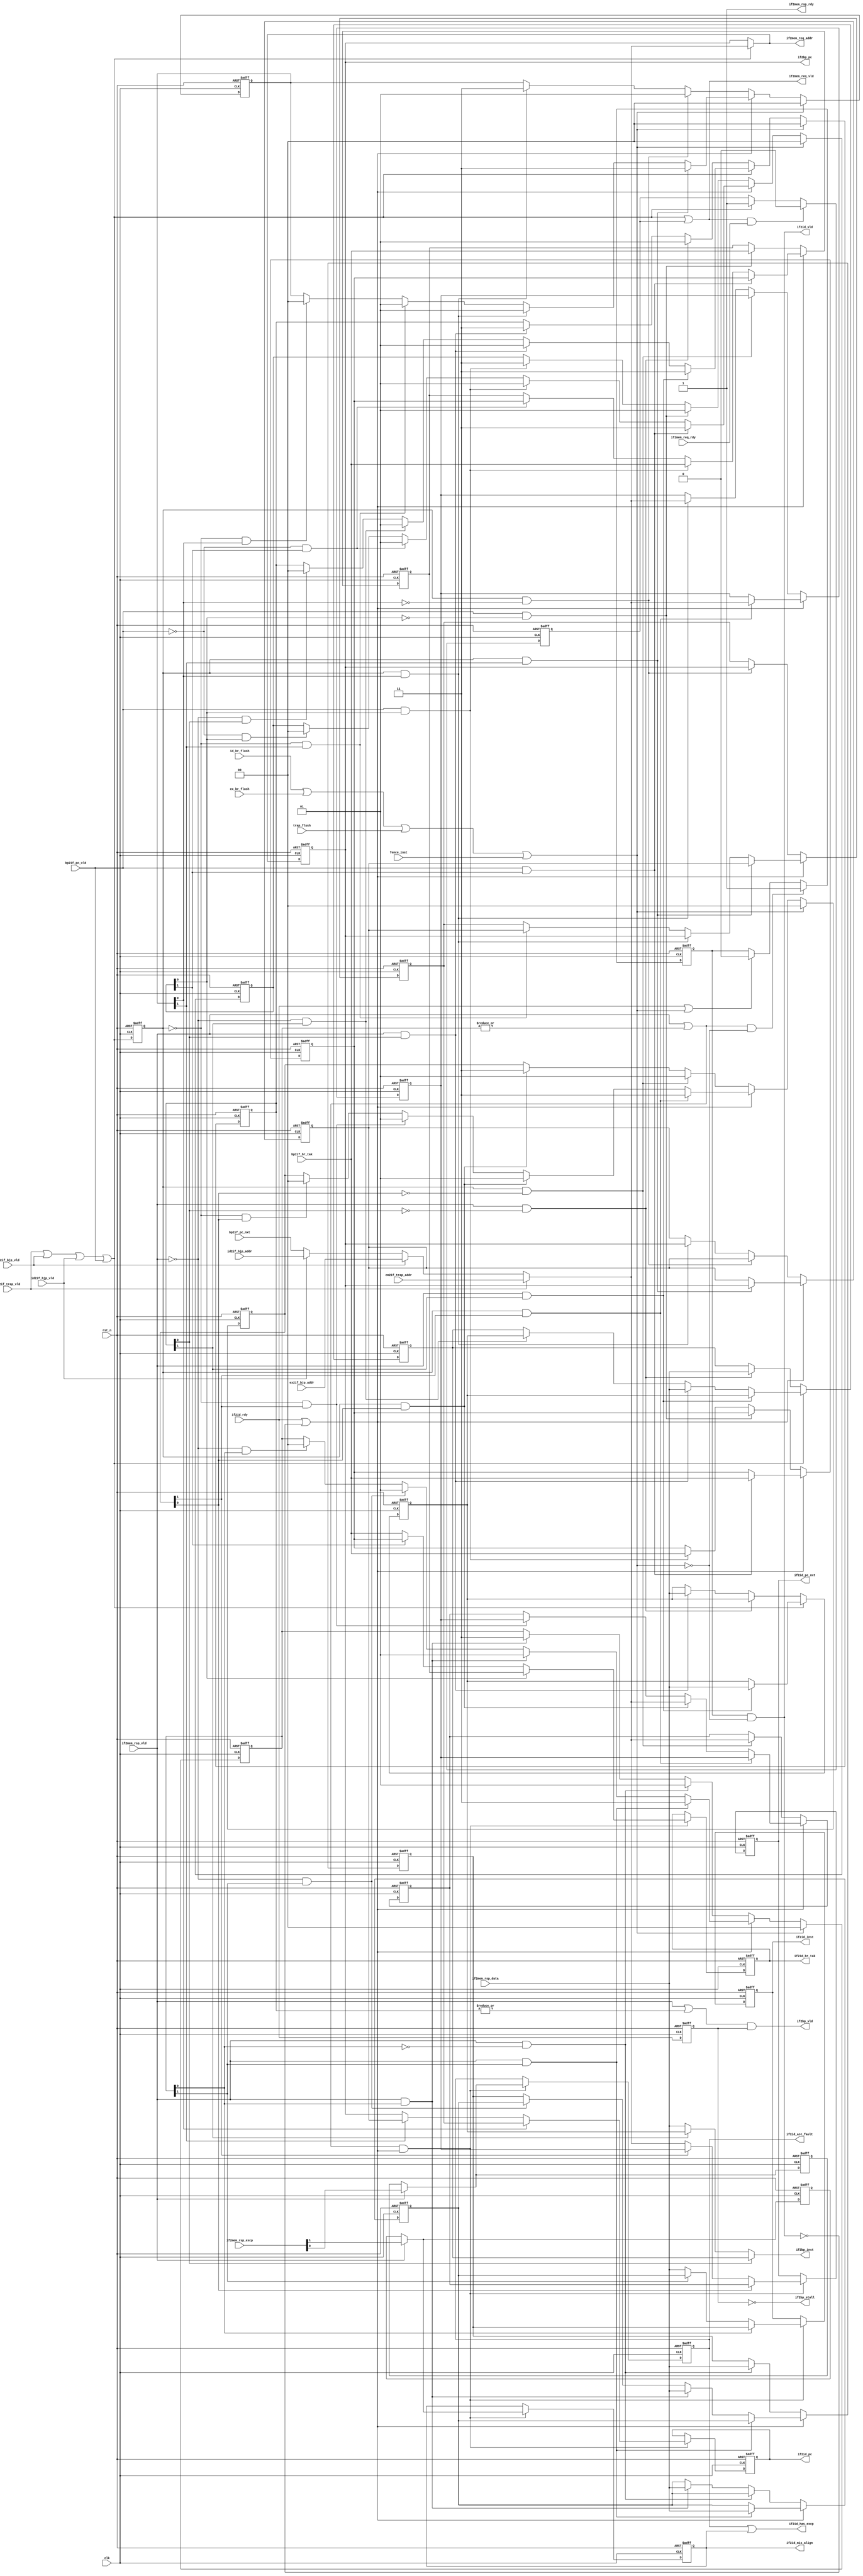
//************************************************************
// See LICENSE for license details.
//
// Module: uv_ifu
//
// Designer: Owen
//
// Description:
//      Instruction Fetching Unit.
//      FIXME: Multiple outstanding requests.
//************************************************************

`timescale 1ns / 1ps

module uv_ifu
#(
    parameter ALEN = 32,
    parameter ILEN = 32,
    parameter XLEN = 32
)
(
    input                   clk,
    input                   rst_n,
    
    // Memory reading.
    output                  if2mem_req_vld,
    input                   if2mem_req_rdy,
    output [ALEN-1:0]       if2mem_req_addr,

    input                   if2mem_rsp_vld,
    output                  if2mem_rsp_rdy,
    input  [1:0]            if2mem_rsp_excp,
    input  [ILEN-1:0]       if2mem_rsp_data,

    // Request to BPU.
    output                  if2bp_vld,
    output [ALEN-1:0]       if2bp_pc,
    output [ILEN-1:0]       if2bp_inst,
    output                  if2bp_stall,

    // Prediction from BPU.
    input                   bp2if_br_tak,
    input                   bp2if_pc_vld,
    input  [ALEN-1:0]       bp2if_pc_nxt,
    
    // IDU handshake.
    output                  if2id_vld,
    input                   if2id_rdy,
    
    // Request to IDU.
    output [ILEN-1:0]       if2id_inst,
    output [ALEN-1:0]       if2id_pc,
    output [ALEN-1:0]       if2id_pc_nxt,
    output                  if2id_br_tak,

    output                  if2id_has_excp,
    output                  if2id_acc_fault,
    output                  if2id_mis_align,
    
    // Flush control from bjp misprediction.
    input                   id_br_flush,
    input                   ex_br_flush,

    // Flush control from trap.
    input                   trap_flush,

    // Flush control by instruction.
    input                   fence_inst,

    // Redirection for bjp misprediction.
    input                   id2if_bjp_vld,
    input  [ALEN-1:0]       id2if_bjp_addr,

    input                   ex2if_bjp_vld,
    input  [ALEN-1:0]       ex2if_bjp_addr,

    // Redirection for trap.
    input                   cm2if_trap_vld,
    input  [ALEN-1:0]       cm2if_trap_addr
);

    localparam UDLY         = 1;
    
    // Pipeline control.
    wire                    pipe_flush;
    wire                    pipe_nxt;

    // Handshakes.
    reg                     if2id_vld_r;
    reg                     if2id_rdy_r;
    reg                     if2bp_rdy_r;
    
    // PC & Instruction.
    wire                    pc_vld;
    wire [ALEN-1:0]         pc_nxt;
    
    reg  [ALEN-1:0]         pc_r;
    reg                     pc_vld_r;

    reg  [ALEN-1:0]         pc_cur_t;
    reg  [ALEN-1:0]         pc_cur_tt;
    reg  [ALEN-1:0]         pc_cur_r;
    reg  [1:0]              pc_cur_mask_r;

    reg  [ALEN-1:0]         pc_nxt_t;
    reg  [ALEN-1:0]         pc_nxt_tt;
    reg  [ALEN-1:0]         pc_nxt_r;
    reg  [1:0]              pc_nxt_mask_r;

    reg                     br_tak_t;
    reg                     br_tak_tt;
    reg  [1:0]              br_tak_mask_r;
    reg                     br_tak_r;
    
    wire                    inst_rdy;
    reg                     inst_rdy_r;
    reg  [ILEN-1:0]         inst_r;
    reg  [ILEN-1:0]         inst_rr;
    reg  [ILEN-1:0]         inst_t;
    reg  [ILEN-1:0]         inst_tt;
    reg  [1:0]              inst_mask_r;

    reg  [ILEN-1:0]         bp_inst_t;
    reg  [ILEN-1:0]         bp_inst_tt;
    reg  [1:0]              bp_inst_mask_r;
    
    // Stall & flush.
    wire                    if_stall;
    wire                    inst_flush;

    // Memory req & rsp.
    wire                    mem_req;
    reg                     mem_req_r;

    wire                    if2mem_req_wait;
    wire                    if2mem_req_fire;
    wire                    if2mem_rsp_fire;

    // Exceptions.
    reg                     acc_fault_r;
    reg                     mis_align_r;

    reg                     acc_fault_t;
    reg                     mis_align_t;
    
    // Control pipeline.
    assign pipe_flush       = id_br_flush | ex_br_flush | trap_flush | fence_inst;
    assign pipe_nxt         = if2id_rdy | (~if2id_vld);

    // Set stalling status.
    assign if_stall         = 1'b0;
    
    // Get PC.
    assign pc_vld           = cm2if_trap_vld | ex2if_bjp_vld | id2if_bjp_vld | bp2if_pc_vld;
    assign pc_nxt           = cm2if_trap_vld ? cm2if_trap_addr
                            : ex2if_bjp_vld  ? ex2if_bjp_addr
                            : id2if_bjp_vld  ? id2if_bjp_addr
                            : bp2if_pc_nxt;
    
    // Set bpu ports.
    // assign if2bp_vld        = inst_rdy & if2id_rdy;
    assign if2bp_vld        = (if2mem_rsp_fire | (|bp_inst_mask_r)) & if2id_rdy_r;
    assign if2bp_pc         = pc_r;
    // assign if2bp_inst       = if2mem_rsp_fire ? if2mem_rsp_data : inst_t;
    assign if2bp_inst       = bp_inst_mask_r[0] ? bp_inst_t
                            : bp_inst_mask_r[1] ? bp_inst_tt
                            : if2mem_rsp_data;
    assign if2bp_stall      = ~if2id_rdy_r;
    
    // Set memory request.
    //assign mem_req        = if2id_rdy & (~if_stall) & pc_vld;
    assign mem_req          = pc_vld & (~if_stall);
    assign if2mem_req_vld   = mem_req | mem_req_r;
    assign if2mem_req_addr  = pc_vld ? pc_nxt : pc_r;
    assign if2mem_req_wait  = if2mem_req_vld & ~if2mem_req_rdy;
    assign if2mem_req_fire  = if2mem_req_vld & if2mem_req_rdy;

    // Get Instruction.
    assign if2mem_rsp_rdy   = 1'b1;
    assign if2mem_rsp_fire  = if2mem_rsp_vld & if2mem_rsp_rdy;
    assign inst_rdy         = if2mem_rsp_fire | (|inst_mask_r);
    
    // Set IDU ports.
    assign if2id_vld        = if2id_vld_r & (~pipe_flush);
    assign if2id_inst       = inst_r;
    assign if2id_pc         = pc_cur_r;
    assign if2id_pc_nxt     = pc_nxt_r;
    assign if2id_br_tak     = br_tak_r;

    assign if2id_has_excp   = if2id_acc_fault | if2id_mis_align;
    assign if2id_acc_fault  = acc_fault_r;
    assign if2id_mis_align  = mis_align_r;
    
    // Buffer handshake request.
    always @(posedge clk or negedge rst_n) begin
        if (~rst_n) begin
            if2id_vld_r <= 1'b0;
        end
        else begin
            if (inst_rdy & (~pipe_flush)) begin
                if2id_vld_r <= #UDLY 1'b1;
            end
            else if (if2id_rdy | pipe_flush) begin
                if2id_vld_r <= #UDLY 1'b0;
            end
        end
    end

    always @(posedge clk or negedge rst_n) begin
        if (~rst_n) begin
            if2id_rdy_r <= 1'b0;
        end
        else begin
            if2id_rdy_r <= #UDLY if2id_rdy;
        end
    end

    always @(posedge clk or negedge rst_n) begin
        if (~rst_n) begin
            if2bp_rdy_r <= 1'b0;
        end
        else begin
            if2bp_rdy_r <= #UDLY (~if2bp_vld) | if2id_rdy;
        end
    end

    // Buffer the current & previous PC.
    always @(posedge clk or negedge rst_n) begin
        if (~rst_n) begin
            pc_vld_r <= 1'b0;
        end
        else begin
            pc_vld_r <= #UDLY pc_vld;
        end
    end

    always @(posedge clk or negedge rst_n) begin
        if (~rst_n) begin
            pc_r <= {ALEN{1'b0}};
        end
        else begin
            if (pc_vld) begin
                pc_r <= #UDLY pc_nxt;
            end
        end
    end
    
    always @(posedge clk or negedge rst_n) begin
        if (~rst_n) begin
            pc_cur_r <= {ALEN{1'b0}};
        end
        else begin
            if (inst_rdy & pipe_nxt) begin
            //if (inst_rdy) begin
                pc_cur_r <= #UDLY pc_cur_mask_r[0] ? pc_cur_t
                                : pc_cur_mask_r[1] ? pc_cur_tt
                                : pc_r;
            end
        end
    end

    always @(posedge clk or negedge rst_n) begin
        if (~rst_n) begin
            pc_cur_t  <= {ALEN{1'b0}};
            pc_cur_tt <= {ALEN{1'b0}};
        end
        else begin
            if (~pipe_nxt) begin
                if (pc_vld_r & (~pc_cur_mask_r[0])) begin
                    pc_cur_t  <= #UDLY pc_r;
                end
                else if (pc_vld_r & pc_cur_mask_r[0]) begin
                    pc_cur_tt <= #UDLY pc_r;
                end
            end
            else begin
                if (pc_vld_r & pc_cur_mask_r[1]) begin
                    pc_cur_t  <= #UDLY pc_cur_tt;
                    pc_cur_tt <= #UDLY pc_r;
                end
                else if (pc_vld_r & pc_cur_mask_r[0]) begin
                    pc_cur_t  <= #UDLY pc_r;
                end
                else if ((~pc_vld_r) & pc_cur_mask_r[1]) begin
                    pc_cur_t  <= #UDLY pc_cur_tt;
                end
            end
        end
    end

    always @(posedge clk or negedge rst_n) begin
        if (~rst_n) begin
            pc_cur_mask_r <= 2'b00;
        end
        else begin
            if (pipe_flush) begin
                pc_cur_mask_r <= #UDLY 2'b00;
            end
            else if (~pipe_nxt) begin
                if (pc_vld_r & (~pc_cur_mask_r[0])) begin
                    pc_cur_mask_r <= #UDLY 2'b01;
                end
                else if (pc_vld_r & pc_cur_mask_r[0]) begin
                    pc_cur_mask_r <= #UDLY 2'b11;
                end
            end
            else begin
                if (pc_vld_r & pc_cur_mask_r[1]) begin
                    pc_cur_mask_r <= #UDLY 2'b11;
                end
                else if (pc_vld_r & pc_cur_mask_r[0]) begin
                    pc_cur_mask_r <= #UDLY 2'b01;
                end
                else if ((~pc_vld_r) & pc_cur_mask_r[1]) begin
                    pc_cur_mask_r <= #UDLY 2'b01;
                end
                else if ((~pc_vld_r) & pc_cur_mask_r[0]) begin
                    pc_cur_mask_r <= #UDLY 2'b00;
                end
            end
        end
    end

    always @(posedge clk or negedge rst_n) begin
        if (~rst_n) begin
            pc_nxt_r <= {ALEN{1'b0}};
        end
        else begin
            if (inst_rdy & pipe_nxt) begin
            //if (inst_rdy) begin
                pc_nxt_r <= #UDLY pc_nxt_mask_r[0] ? pc_nxt_t
                                : pc_nxt_mask_r[1] ? pc_nxt_tt
                                : pc_nxt;
            end
        end
    end

    always @(posedge clk or negedge rst_n) begin
        if (~rst_n) begin
            pc_nxt_t  <= {ALEN{1'b0}};
            pc_nxt_tt <= {ALEN{1'b0}};
        end
        else begin
            if (~pipe_nxt) begin
                if (pc_vld_r & (~pc_nxt_mask_r[0])) begin
                    pc_nxt_t  <= #UDLY pc_nxt;
                end
                else if (pc_vld_r & pc_cur_mask_r[0]) begin
                    pc_nxt_tt <= #UDLY pc_nxt;
                end
            end
            else begin
                if (pc_vld_r & pc_nxt_mask_r[1]) begin
                    pc_nxt_t  <= #UDLY pc_nxt_tt;
                    pc_nxt_tt <= #UDLY pc_nxt;
                end
                else if (pc_vld_r & pc_nxt_mask_r[0]) begin
                    pc_nxt_t  <= #UDLY pc_nxt;
                end
                else if ((~pc_vld_r) & pc_nxt_mask_r[1]) begin
                    pc_nxt_t  <= #UDLY pc_nxt_tt;
                end
            end
        end
    end

    always @(posedge clk or negedge rst_n) begin
        if (~rst_n) begin
            pc_nxt_mask_r <= 2'b00;
        end
        else begin
            if (pipe_flush) begin
                pc_nxt_mask_r <= #UDLY 2'b00;
            end
            else if (~pipe_nxt) begin
                if (pc_vld_r & (~pc_nxt_mask_r[0])) begin
                    pc_nxt_mask_r <= #UDLY 2'b01;
                end
                else if (pc_vld_r & pc_nxt_mask_r[0]) begin
                    pc_nxt_mask_r <= #UDLY 2'b11;
                end
            end
            else begin
                if (pc_vld_r & pc_nxt_mask_r[1]) begin
                    pc_nxt_mask_r <= #UDLY 2'b11;
                end
                else if (pc_vld_r & pc_nxt_mask_r[0]) begin
                    pc_nxt_mask_r <= #UDLY 2'b01;
                end
                else if ((~pc_vld_r) & pc_nxt_mask_r[1]) begin
                    pc_nxt_mask_r <= #UDLY 2'b01;
                end
                else if ((~pc_vld_r) & pc_nxt_mask_r[0]) begin
                    pc_nxt_mask_r <= #UDLY 2'b00;
                end
            end
        end
    end

    // Buffer branch taken flag.
    always @(posedge clk or negedge rst_n) begin
        if (~rst_n) begin
            br_tak_r  <= 1'b0;
        end
        else begin
            if (inst_rdy & pipe_nxt) begin
            //if (inst_rdy) begin
                br_tak_r <= #UDLY br_tak_mask_r[0] ? br_tak_t
                                : br_tak_mask_r[1] ? br_tak_tt
                                : bp2if_br_tak;
            end
        end
    end

    always @(posedge clk or negedge rst_n) begin
        if (~rst_n) begin
            br_tak_t  <= 1'b0;
            br_tak_tt <= 1'b0;
        end
        else begin
            if (~pipe_nxt) begin
                if (bp2if_pc_vld & (~br_tak_mask_r[0])) begin
                    br_tak_t  <= #UDLY bp2if_br_tak;
                end
                else if (bp2if_pc_vld & br_tak_mask_r[0]) begin
                    br_tak_tt <= #UDLY bp2if_br_tak;
                end
            end
            else begin
                if (bp2if_pc_vld & br_tak_mask_r[1]) begin
                    br_tak_t  <= #UDLY br_tak_tt;
                    br_tak_tt <= #UDLY bp2if_br_tak;
                end
                else if (bp2if_pc_vld & br_tak_mask_r[0]) begin
                    br_tak_t  <= #UDLY bp2if_br_tak;
                end
                else if ((~bp2if_pc_vld) & br_tak_mask_r[1]) begin
                    br_tak_t  <= #UDLY br_tak_tt;
                end
            end
        end
    end

    always @(posedge clk or negedge rst_n) begin
        if (~rst_n) begin
            br_tak_mask_r <= 2'b00;
        end
        else begin
            if (pipe_flush) begin
                br_tak_mask_r <= #UDLY 2'b00;
            end
            else if (~pipe_nxt) begin
                if (bp2if_pc_vld & (~br_tak_mask_r[0])) begin
                    br_tak_mask_r <= #UDLY 2'b01;
                end
                else if (bp2if_pc_vld & br_tak_mask_r[0]) begin
                    br_tak_mask_r <= #UDLY 2'b11;
                end
            end
            else begin
                if (bp2if_pc_vld & br_tak_mask_r[1]) begin
                    br_tak_mask_r <= #UDLY 2'b11;
                end
                else if (bp2if_pc_vld & br_tak_mask_r[0]) begin
                    br_tak_mask_r <= #UDLY 2'b01;
                end
                else if ((~bp2if_pc_vld) & br_tak_mask_r[1]) begin
                    br_tak_mask_r <= #UDLY 2'b01;
                end
                else if ((~bp2if_pc_vld) & br_tak_mask_r[0]) begin
                    br_tak_mask_r <= #UDLY 2'b00;
                end
            end
        end
    end

    // Buffer the instruction to be decoded.
    always @(posedge clk or negedge rst_n) begin
        if (~rst_n) begin
            inst_r <= {ILEN{1'b0}};
        end
        else begin
            if (inst_rdy & pipe_nxt) begin
            //if (inst_rdy) begin
                // inst_r <= #UDLY if2mem_rsp_fire ? if2mem_rsp_data : inst_t;
                inst_r <= #UDLY inst_mask_r[0] ? inst_t
                              : inst_mask_r[1] ? inst_tt
                              : if2mem_rsp_data;
            end
        end
    end

    // Buffer the rsp instruction in time.
    always @(posedge clk or negedge rst_n) begin
        if (~rst_n) begin
            inst_t  <= {ILEN{1'b0}};
            inst_tt <= {ILEN{1'b0}};
        end
        else begin
            if (~pipe_nxt) begin
                if (if2mem_rsp_fire & (~inst_mask_r[0])) begin
                    inst_t  <= #UDLY if2mem_rsp_data;
                end
                else if (if2mem_rsp_fire & inst_mask_r[0]) begin
                    inst_tt <= #UDLY if2mem_rsp_data;
                end
                else if (if2mem_rsp_fire) begin
                    $display("Error!");
                end
            end
            else begin
                if (if2mem_rsp_fire & inst_mask_r[1]) begin
                    inst_t  <= #UDLY inst_tt;
                    inst_tt <= #UDLY if2mem_rsp_data;
                end
                else if (if2mem_rsp_fire & inst_mask_r[0]) begin
                    inst_t  <= #UDLY if2mem_rsp_data;
                end
                else if ((~if2mem_rsp_fire) & inst_mask_r[1]) begin
                    inst_t  <= #UDLY inst_tt;
                end
            end
        end
    end

    always @(posedge clk or negedge rst_n) begin
        if (~rst_n) begin
            inst_mask_r <= 2'b00;
        end
        else begin
            if (pipe_flush) begin
                inst_mask_r <= #UDLY 2'b00;
            end
            else if (~pipe_nxt) begin
                if (if2mem_rsp_fire & (~inst_mask_r[0])) begin
                    inst_mask_r <= #UDLY 2'b01;
                end
                else if (if2mem_rsp_fire & inst_mask_r[0]) begin
                    inst_mask_r <= #UDLY 2'b11;
                end
                else if (if2mem_rsp_fire) begin
                    $display("Error!");
                end
            end
            else begin
                if (if2mem_rsp_fire & inst_mask_r[1]) begin
                    inst_mask_r <= #UDLY 2'b11;
                end
                else if (if2mem_rsp_fire & inst_mask_r[0]) begin
                    inst_mask_r <= #UDLY 2'b01;
                end
                else if ((~if2mem_rsp_fire) & inst_mask_r[1]) begin
                    inst_mask_r <= #UDLY 2'b01;
                end
                else if ((~if2mem_rsp_fire) & inst_mask_r[0]) begin
                    inst_mask_r <= #UDLY 2'b00;
                end
            end
        end
    end

    always @(posedge clk or negedge rst_n) begin
        if (~rst_n) begin
            bp_inst_t  <= {ILEN{1'b0}};
            bp_inst_tt <= {ILEN{1'b0}};
        end
        else begin
            if (~pc_vld) begin
                if (if2mem_rsp_fire & (~bp_inst_mask_r[0])) begin
                    bp_inst_t  <= #UDLY if2mem_rsp_data;
                end
                else if (if2mem_rsp_fire & bp_inst_mask_r[0]) begin
                    bp_inst_tt <= #UDLY if2mem_rsp_data;
                end
            end
            else begin
                if (if2mem_rsp_fire & bp_inst_mask_r[1]) begin
                    bp_inst_t  <= #UDLY bp_inst_tt;
                    bp_inst_tt <= #UDLY if2mem_rsp_data;
                end
                else if (if2mem_rsp_fire & bp_inst_mask_r[0]) begin
                    bp_inst_t  <= #UDLY if2mem_rsp_data;
                end
                else if ((~if2mem_rsp_fire) & bp_inst_mask_r[1]) begin
                    bp_inst_t  <= #UDLY bp_inst_tt;
                end
            end
        end
    end

    always @(posedge clk or negedge rst_n) begin
        if (~rst_n) begin
            bp_inst_mask_r <= 2'b00;
        end
        else begin
            if (pipe_flush) begin
                bp_inst_mask_r <= #UDLY 2'b00;
            end
            else if (~pc_vld) begin
                if (if2mem_rsp_fire & (~bp_inst_mask_r[0])) begin
                    bp_inst_mask_r <= #UDLY 2'b01;
                end
                else if (if2mem_rsp_fire & bp_inst_mask_r[0]) begin
                    bp_inst_mask_r <= #UDLY 2'b11;
                end
            end
            else begin
                if (if2mem_rsp_fire & bp_inst_mask_r[1]) begin
                    bp_inst_mask_r <= #UDLY 2'b11;
                end
                else if (if2mem_rsp_fire & bp_inst_mask_r[0]) begin
                    bp_inst_mask_r <= #UDLY 2'b01;
                end
                else if ((~if2mem_rsp_fire) & bp_inst_mask_r[1]) begin
                    bp_inst_mask_r <= #UDLY 2'b01;
                end
                else if ((~if2mem_rsp_fire) & bp_inst_mask_r[0]) begin
                    bp_inst_mask_r <= #UDLY 2'b00;
                end
            end
        end
    end

    // Buffer the excp to decoder.
    always @(posedge clk or negedge rst_n) begin
        if (~rst_n) begin
            acc_fault_r <= 1'b0;
            mis_align_r <= 1'b0;
        end
        else begin
            if (inst_rdy & pipe_nxt) begin
            //if (inst_rdy) begin
                acc_fault_r <= #UDLY if2mem_rsp_fire ? if2mem_rsp_excp[0] : acc_fault_t;
                mis_align_r <= #UDLY if2mem_rsp_fire ? if2mem_rsp_excp[1] : mis_align_t;
            end
        end
    end

    // Buffer the rsp excp in time.
    always @(posedge clk or negedge rst_n) begin
        if (~rst_n) begin
            acc_fault_t <= 1'b0;
            mis_align_t <= 1'b0;
        end
        else begin
            if (if2mem_rsp_fire) begin
                acc_fault_t <= #UDLY if2mem_rsp_excp[0];
                mis_align_t <= #UDLY if2mem_rsp_excp[1];
            end
        end
    end

    // Get instruction ready status.
    always @(posedge clk or negedge rst_n) begin
        if (~rst_n) begin
            inst_rdy_r <= 1'b0;
        end
        else begin
            if (if2mem_rsp_fire & (~if2id_rdy)) begin
                inst_rdy_r <= #UDLY 1'b1;
            end
            else if (if2id_rdy) begin
                inst_rdy_r <= #UDLY 1'b0;
            end
        end
    end
    
    // Buffer mem request.
    always @(posedge clk or negedge rst_n) begin
        if (~rst_n) begin
            mem_req_r <= 1'b0;
        end
        else begin
            if (if2mem_req_fire) begin
                mem_req_r <= #UDLY 1'b0;
            end
            else if (mem_req) begin
                mem_req_r <= #UDLY 1'b1;
            end
        end
    end

endmodule